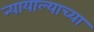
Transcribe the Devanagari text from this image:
न्यायाल्याच्या